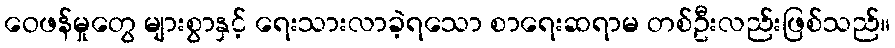
ဝေဖန်မှုတွေ များစွာနှင့် ရေးသားလာခဲ့ရသော စာရေးဆရာမ တစ်ဦးလည်းဖြစ်သည်။